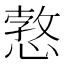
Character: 𢠜